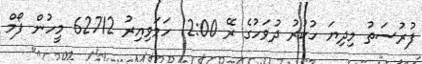
ފުރުސަތު މިދިޔަ ހުކުރު ދުވަހުގެ ރޭ 12:00 ހަމަވިއިރު 62712 މީހުން ފޯމް